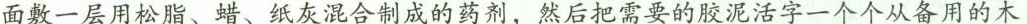
面敷一层用松脂、蜡、纸灰混合制成的药剂，然后把需要的胶泥活字一个个从备用的木